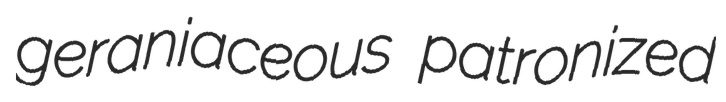
geraniaceous patronized